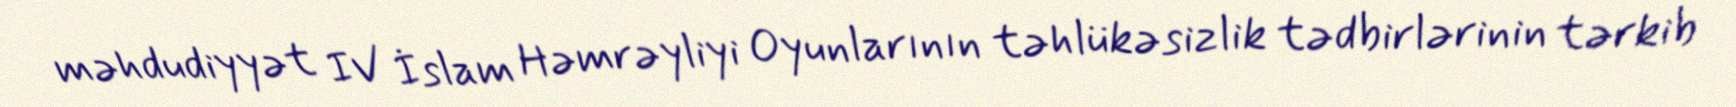
məhdudiyyət IV İslam Həmrəyliyi Oyunlarının təhlükəsizlik tədbirlərinin tərkib